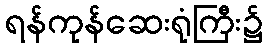
ရန်ကုန်ဆေးရုံကြီး၌